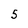
Character: 5